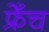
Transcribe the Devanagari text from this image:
फ्रेँच